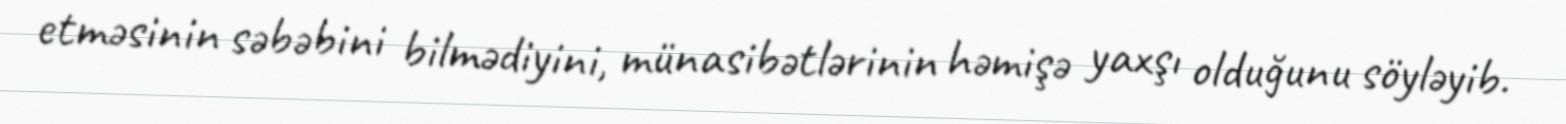
etməsinin səbəbini bilmədiyini, münasibətlərinin həmişə yaxşı olduğunu söyləyib.